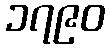
၁၇၉၀